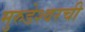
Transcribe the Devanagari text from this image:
मुरुडेश्वरची